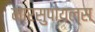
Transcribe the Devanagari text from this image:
मारसुपायल्स